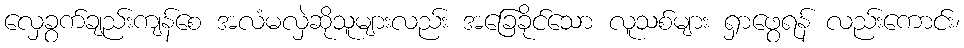
လှေခွက်ချည်းကျန်စေ အလံမလှဲဆိုသူများလည်း အခြေခိုင်သော လူသစ်များ ရှာဖွေရန် လည်းကောင်း၊